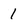
Character: 1